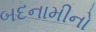
બદનામીનો